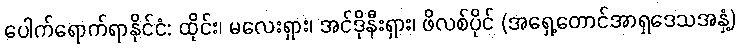
ပေါက်ရောက်ရာနိုင်ငံ: ထိုင်း၊ မလေးရှား၊ အင်ဒိုနီးရှား၊ ဖိလစ်ပိုင် (အရှေ့တောင်အာရှဒေသအနှံ့)